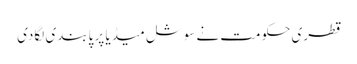
قطری حکومت نے سوشل میڈیا پر پابندی لگادی